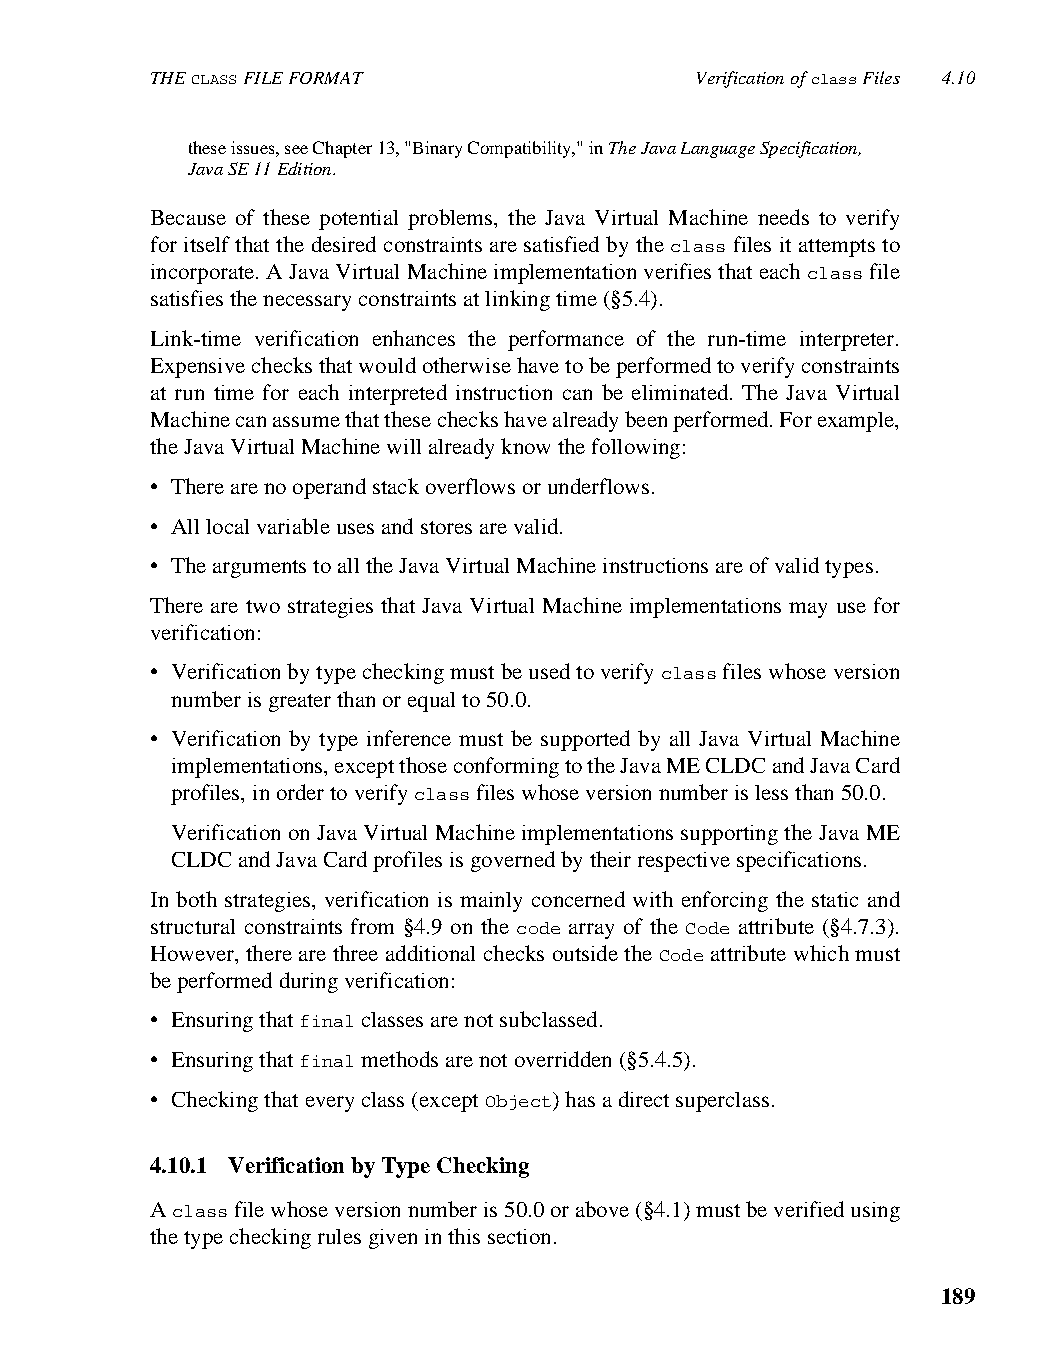
THE CLASS FILE FORMAT               Verification of class Files 4.10
 these issues, see Chapter 13, "Binary Compatibility," in The Java Language Specification,
 Java SE 11 Edition.
 Because of these potential problems, the Java Virtual Machine needs to verify
 for itself that the desired constraints are satisfied by the class files it attempts to
 incorporate. A Java Virtual Machine implementation verifies that each class file
 satisfies the necessary constraints at linking time (§5.4).
 Link-time verification enhances the performance of the run-time interpreter.
 Expensive checks that would otherwise have to be performed to verify constraints
 at run time for each interpreted instruction can be eliminated. The Java Virtual
 Machine can assume that these checks have already been performed. For example,
 the Java Virtual Machine will already know the following:
 • There are no operand stack overflows or underflows.
 • All local variable uses and stores are valid.
 • The arguments to all the Java Virtual Machine instructions are of valid types.
 There are two strategies that Java Virtual Machine implementations may use for
 verification:
 • Verification by type checking must be used to verify class files whose version
 number is greater than or equal to 50.0.
 • Verification by type inference must be supported by all Java Virtual Machine
 implementations, except those conforming to the Java ME CLDC and Java Card
 profiles, in order to verify class files whose version number is less than 50.0.
 Verification on Java Virtual Machine implementations supporting the Java ME
 CLDC and Java Card profiles is governed by their respective specifications.
 In both strategies, verification is mainly concerned with enforcing the static and
 structural constraints from §4.9 on the code array of the Code attribute (§4.7.3).
 However, there are three additional checks outside the Code attribute which must
 be performed during verification:
 • Ensuring that final classes are not subclassed.
 • Ensuring that final methods are not overridden (§5.4.5).
 • Checking that every class (except Object) has a direct superclass.
 4.10.1 Verification by Type Checking
 A class file whose version number is 50.0 or above (§4.1) must be verified using
 the type checking rules given in this section.
 189